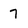
Character: 7